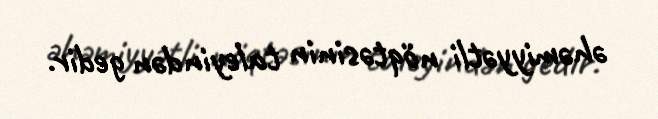
əhəmiyyətli nöqtəsinin taleyindən gedir.